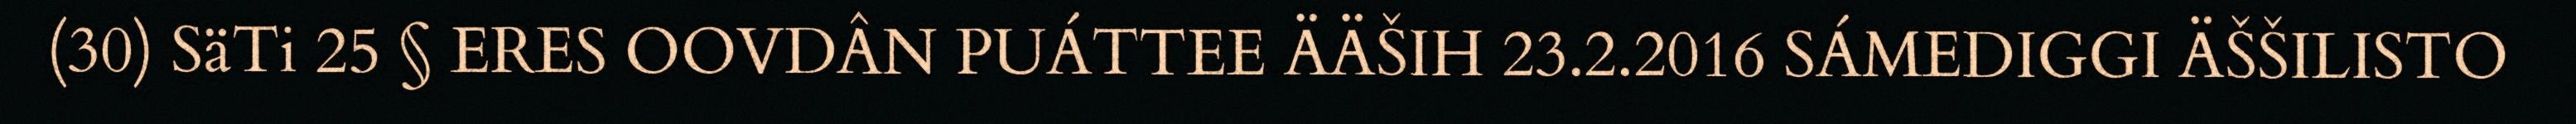
(30) SäTi 25 § ERES OOVDÂN PUÁTTEE ÄÄŠIH 23.2.2016 SÁMEDIGGI ÄŠŠILISTO